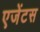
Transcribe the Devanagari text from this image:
एजेंटस